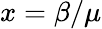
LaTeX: x=\beta/\mu